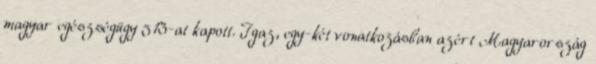
magyar egészségügy 513-at kapott. Igaz, egy-két vonatkozásban azért Magyarország